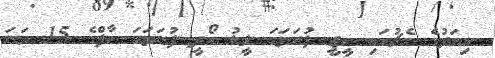
މިއަދުގެ މެޗުގައި ބީޖީ ފުރަތަމަ ލީޑު ހޯދީ ފުރަތަމަ ހާފްގެ 15 ވަނަ